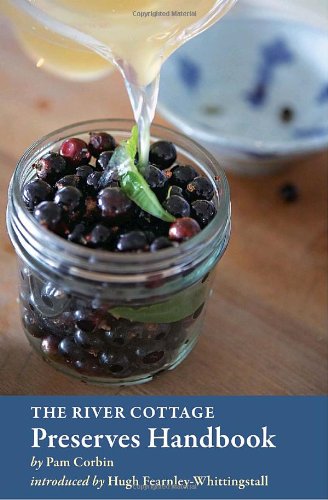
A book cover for The River Cottage Preserves Handbook; Pam Corbin; Cookbooks, Food & Wine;